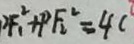
F _ { 1 } ^ { 2 } + P F _ { 2 } ^ { 2 } = 4 c